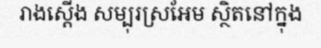
រាងស្តើង សម្បុរស្រអែម ស្ថិតនៅក្នុង